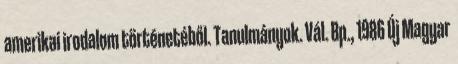
amerikai irodalom történetéből. Tanulmányok. Vál. Bp., 1986 Új Magyar